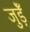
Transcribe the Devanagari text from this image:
जुड़ेँ